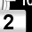
Digit: 2